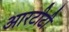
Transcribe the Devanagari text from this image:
आरटीटी